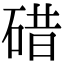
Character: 碏